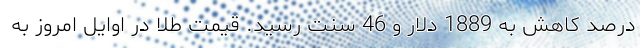
درصد کاهش به 1889 دلار و 46 سنت رسید. قیمت طلا در اوایل امروز به